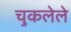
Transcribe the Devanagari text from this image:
चुकलेले